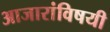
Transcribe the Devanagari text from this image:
आजारांविषयी